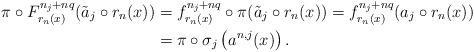
LaTeX: \begin{align*}\pi\circ F_{r_n(x)}^{n_j+nq}(\tilde{a}_j\circ r_n(x)) & = f_{r_n(x)}^{n_j+nq}\circ\pi (\tilde{a}_j\circ r_n(x)) = f_{r_n(x)}^{n_j+nq}(a_j\circ r_n(x))\\& = \pi\circ\sigma_j\left(a^{n,j}(x)\right).\end{align*}